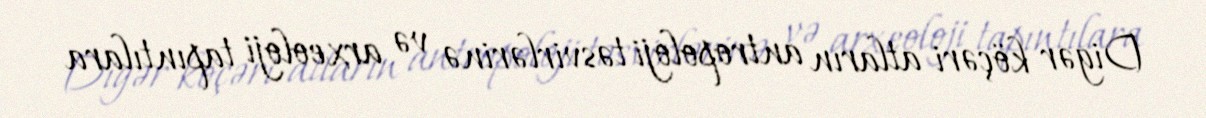
Digər köçəri atların antropoloji təsvirlərinə və arxeoloji tapıntılara